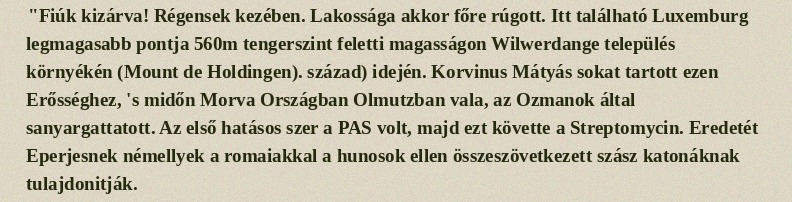
"Fiúk kizárva! Régensek kezében. Lakossága akkor főre rúgott. Itt található Luxemburg legmagasabb pontja 560m tengerszint feletti magasságon Wilwerdange település környékén (Mount de Holdingen). század) idején. Korvinus Mátyás sokat tartott ezen Erősséghez, 's midőn Morva Országban Olmutzban vala, az Ozmanok által sanyargattatott. Az első hatásos szer a PAS volt, majd ezt követte a Streptomycin. Eredetét Eperjesnek némellyek a romaiakkal a hunosok ellen összeszövetkezett szász katonáknak tulajdonitják.